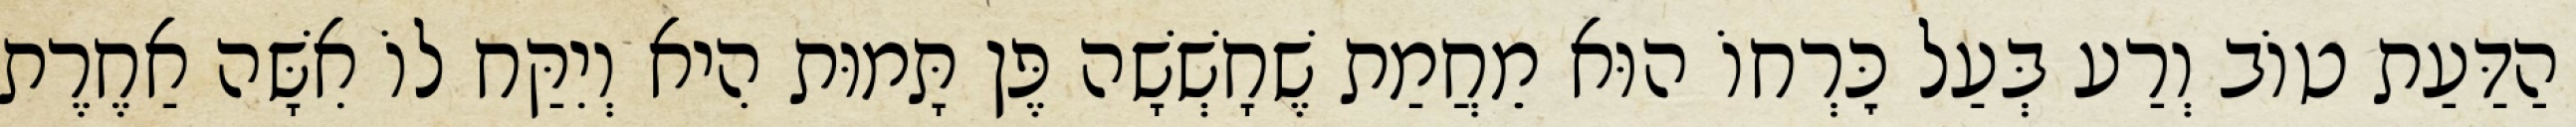
הַדַּעַת טוֹב וְרַע בְּעַל כׇּרְחוֹ הוּא מֵחֲמַת שֶׁחָשְׁשָׁה פֶּן תָּמוּת הִיא וְיִקַּח לוֹ אִשָּׁה אַחֶרֶת